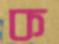
ক